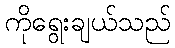
ကိုရွေးချယ်သည်